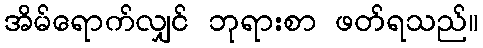
အိမ်ရောက်လျှင် ဘုရားစာ ဖတ်ရသည်။